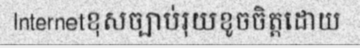
Internetខុសច្បាប់រុយខូចចិត្តដោយ